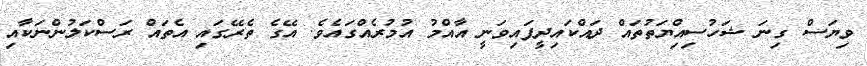
ވިޔަސް ގިނަ ޝަހުސިއިްޔަތުތައް ދައްކައިދީފައިވަނީ އާއްމު އުމުރެއްގައެވެ. އޭގެ ތެރޭގައި އެތައް ރަސްކަލުންނަކާއި